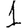
Digit: 1